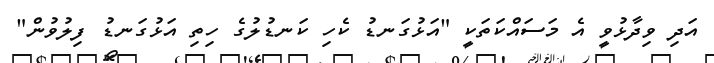
އަދި ވިދާޅުވީ އެ މަސައްކަތަކީ "އަޅުގަނޑު ކެހި ކަނޑުލުގެ ހިތި އަޅުގަނޑު ފިލުވުން"